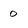
Character: 0